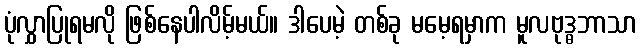
ပုံလွှာပြုရမလို ဖြစ်နေပါလိမ့်မယ်။ ဒါပေမဲ့ တစ်ခု မမေ့ရမှာက မူလဗုဒ္ဓဘာသာ